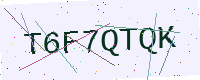
Text: T6F7QTQK